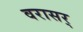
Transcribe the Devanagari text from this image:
वरासर्